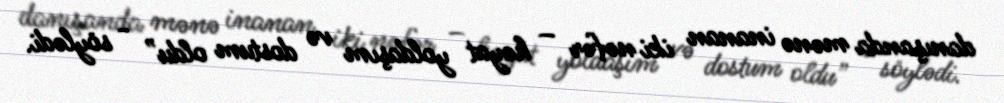
danışanda mənə inanan iki nəfər – həyat yoldaşım və dostum oldu” - söylədi.